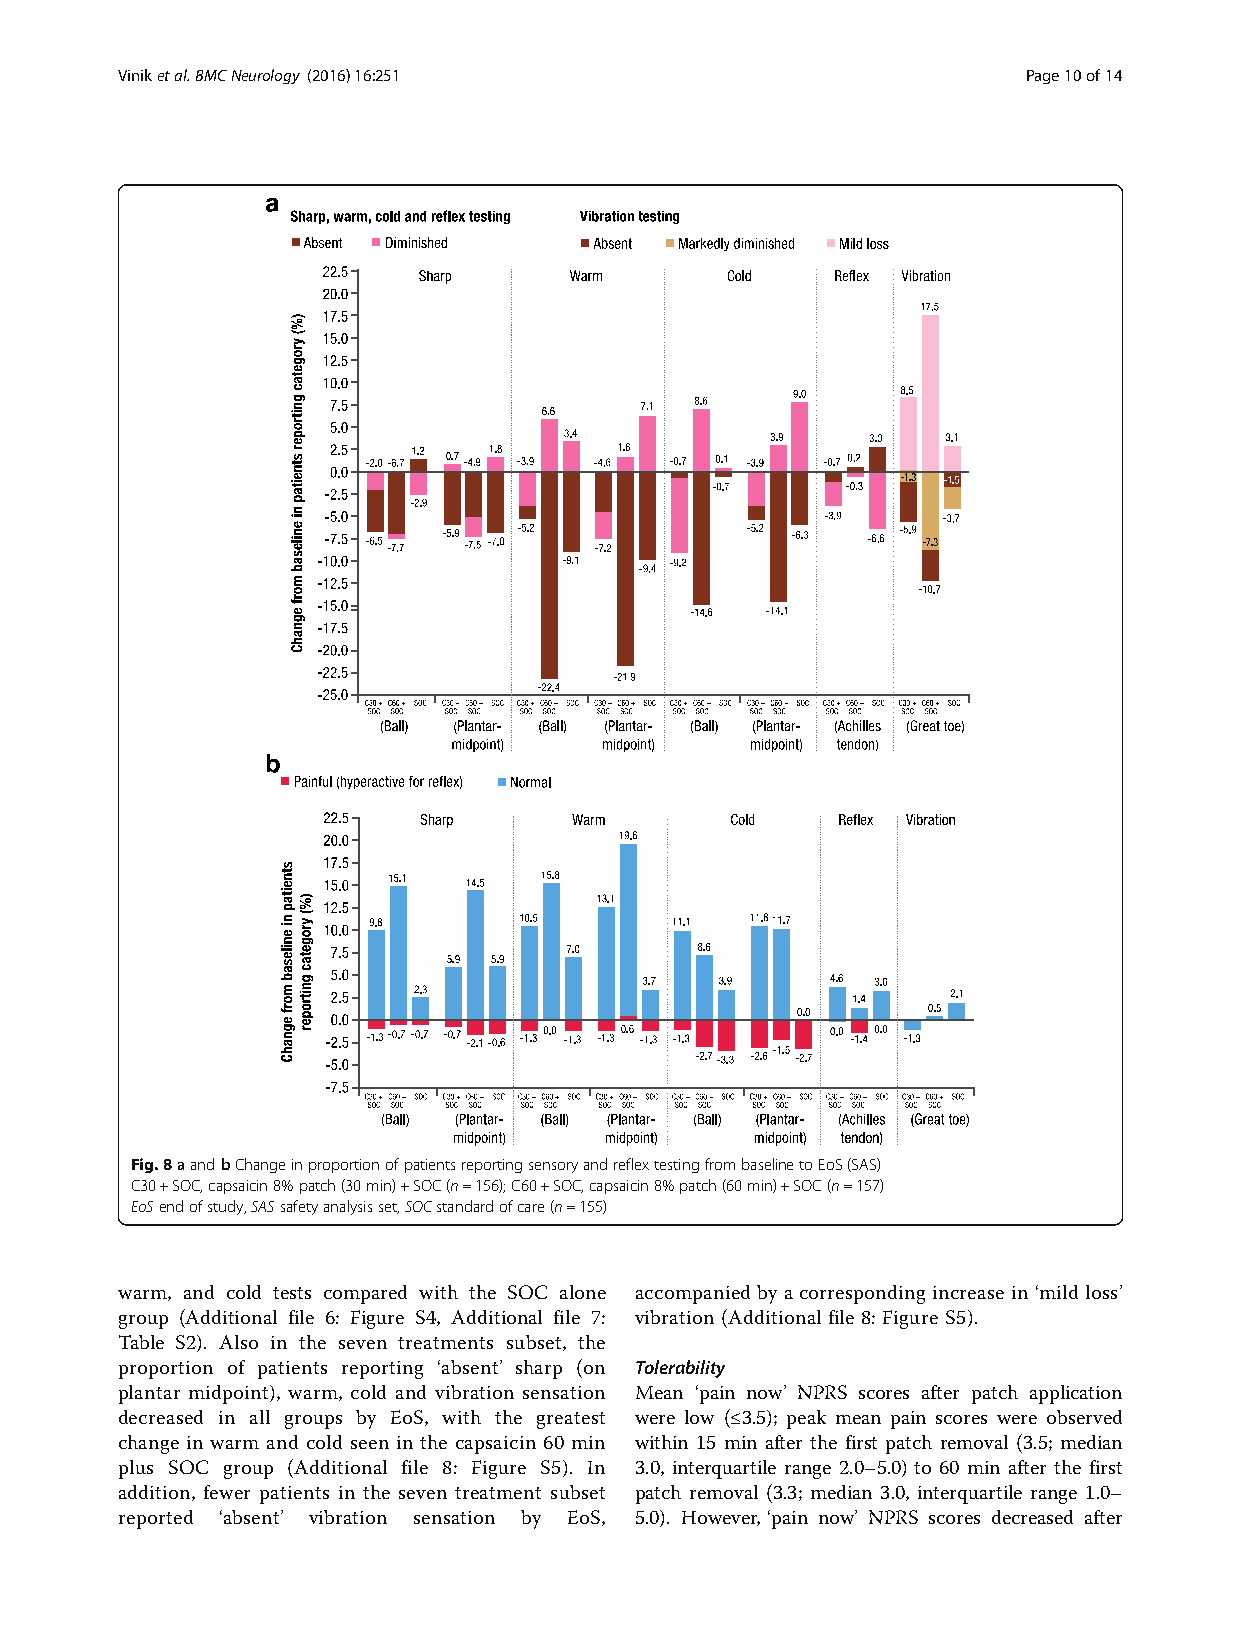
Viniketal.BMCNeurology (2016) 16:251                        Page10of14
 Fig.8aandbChangeinproportionofpatientsreportingsensoryandreflextestingfrombaselinetoEoS(SAS)
 C30+SOC,capsaicin8%patch(30min)+SOC(n=156);C60+SOC,capsaicin8%patch(60min)+SOC(n=157)
 EoSendofstudy,SASsafetyanalysisset,SOCstandardofcare(n=155)
 warm, and cold tests compared with the SOC alone accompanied by a corresponding increase in ‘mild loss’
 group (Additional file 6: Figure S4, Additional file 7: vibration (Additional file 8: Figure S5).
 Table S2). Also in the seven treatments subset, the
 proportion of patients reporting ‘absent’ sharp (on Tolerability
 plantar midpoint), warm, cold and vibration sensation Mean ‘pain now’ NPRS scores after patch application
 decreased in all groups by EoS, with the greatest were low (≤3.5); peak mean pain scores were observed
 change in warm and cold seen in the capsaicin 60 min within 15 min after the first patch removal (3.5; median
 plus SOC group (Additional file 8: Figure S5). In 3.0, interquartile range 2.0–5.0) to 60 min after the first
 addition, fewer patients in the seven treatment subset patch removal (3.3; median 3.0, interquartile range 1.0–
 reported ‘absent’ vibration sensation by EoS, 5.0). However, ‘pain now’ NPRS scores decreased after